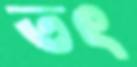
তৎ